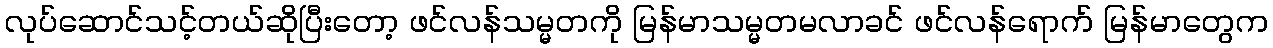
လုပ်ဆောင်သင့်တယ်ဆိုပြီးတော့ ဖင်လန်သမ္မတကို မြန်မာသမ္မတမလာခင် ဖင်လန်ရောက် မြန်မာတွေက